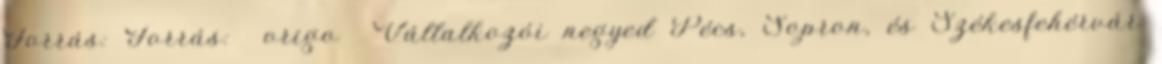
Forrás: Forrás: origo Vállalkozói negyed Pécs, Sopron, és Székesfehérvár